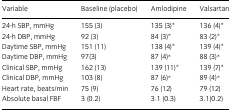
<table><thead><tr><td><b>Variable</b></td><td><b>Baseline (placebo)</b></td><td><b>Amlodipine</b></td><td><b>Valsartan</b></td></tr></thead><tbody><tr><td>24-h SBP, mmHg</td><td>155 (3)</td><td>135 (3)*</td><td>136 (4)*</td></tr><tr><td>24-h DBP, mmHg</td><td>92 (3)</td><td>84 (3)*</td><td>83 (2)*</td></tr><tr><td>Daytime SBP, mmHg</td><td>151 (11)</td><td>138 (4)*</td><td>139 (4)*</td></tr><tr><td>Daytime DBP, mmHg</td><td>97(3)</td><td>87 (4)*</td><td>88 (3)*</td></tr><tr><td>Clinical SBP, mmHg</td><td>162 (13)</td><td>139 (11)*</td><td>139 (7)*</td></tr><tr><td>Clinical DBP, mmHg</td><td>103 (8)</td><td>87 (6)*</td><td>89 (4)*</td></tr><tr><td>Heart rate, beats/min</td><td>75 (9)</td><td>76 (12)</td><td>79 (12)</td></tr><tr><td>Absolute basal FBF</td><td>3 (0.2)</td><td>3.1 (0.3)</td><td>3.1(0.2)</td></tr></tbody></table>